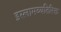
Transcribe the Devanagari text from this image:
इस्लामव्यतिरिक्त